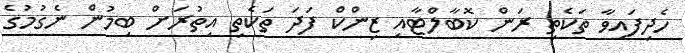
ހެދިފައިވާ ތަކެތި ރަން ކޮބާލްޓާއި ޒިންކް ފަދަ ތަކެތި އިތުރަށް ބިމުން ނެގުމުގެ